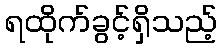
ရထိုက်ခွင့်ရှိသည့်